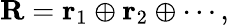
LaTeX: {\mathbf R}={\mathbf r}_{1}\oplus{\mathbf r}_{2}\oplus\cdots,